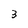
Character: 3